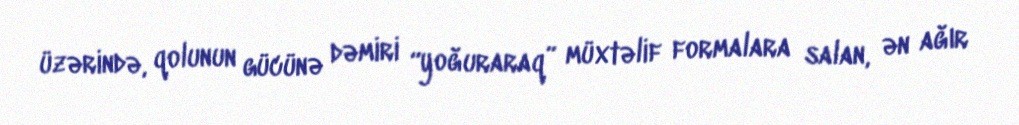
üzərində, qolunun gücünə dəmiri “yoğuraraq” müxtəlif formalara salan, ən ağır